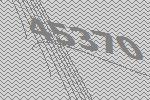
45370